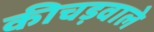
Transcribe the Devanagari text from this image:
कीचड़वाले